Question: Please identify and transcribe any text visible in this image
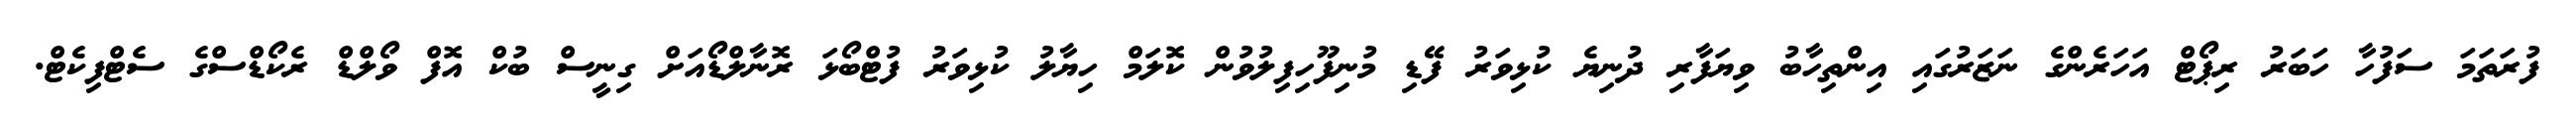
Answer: ފުރަތަމަ ސަފުހާ ހަބަރު ރިޕޯޓް އަހަރެންގެ ނަޒަރުގައި އިންތިހާބު ވިޔަފާރި ދުނިޔެ ކުޅިވަރު ފޭޑި މުނިފޫހިފިލުވުން ކޮލަމް ހިޔާލު ކުޅިވަރު ފުޓްބޯޅަ ރޮނާލްޑޯއަށް ގިނީސް ބުކް އޮފް ވޯލްޑް ރެކޯޑްސްގެ ސެޓްފިކެޓް.